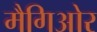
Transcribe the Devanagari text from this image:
मैगिओर